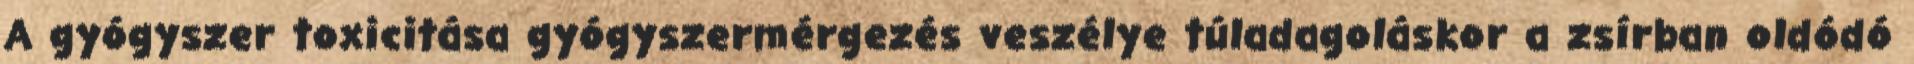
A gyógyszer toxicitása gyógyszermérgezés veszélye túladagoláskor a zsírban oldódó